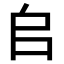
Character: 𠂤